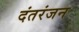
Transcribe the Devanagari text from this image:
दंतरंजन